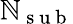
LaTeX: \mathbb{N}_{\mathrm{{~s~u~b~}}}